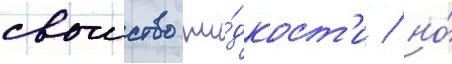
своиство жи́дкост'и / но́